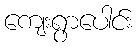
ကျေးရွာပေါင်း